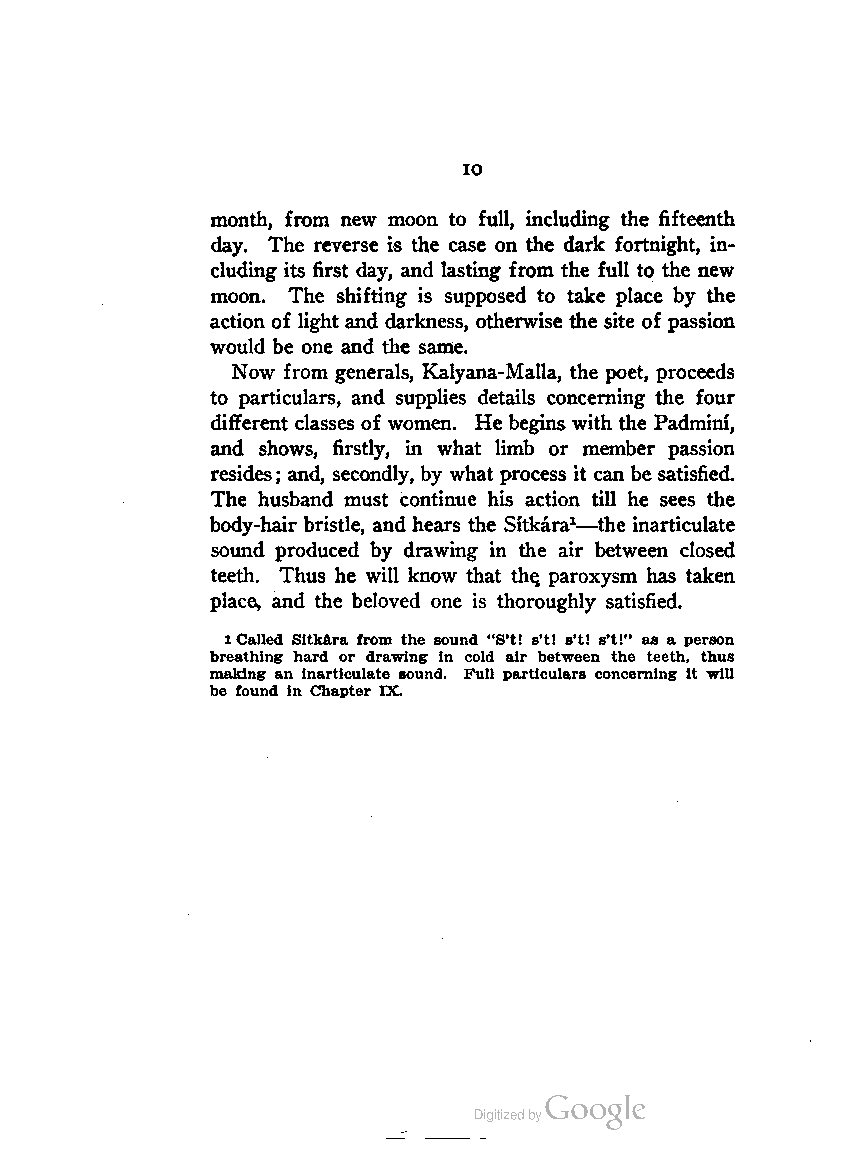
10
 month, from new moon to full, including the fifteenth
 day. The reverse is the case on the dark fortnight, in
 cluding its first day, and lasting from the full to the new
 moon. The shifting is supposed to take place by the
 action of light and darkness, otherwise the site of passion
 would be one and the same.
 Now from generals, Kalyana-Malla, the poet, proceeds
 to particulars, and supplies details concerning the four
 different classes of women. He begins with the Padmini,
 and shows, firstly, in what limb or member passion
 resides; and, secondly, by what process it can be satisfied.
 The husband must continue his action till he sees the
 body-hair bristle, and hears the Sitkara1—the inarticulate
 sound produced by drawing in the air between closed
 teeth. Thus he will know that the. paroxysm has taken
 place, and the beloved one is thoroughly satisfied.
 lCalled Sitkara from the sound "S't! s't! s't! s't!" as a person
 breathing hard or drawing in cold air between the teeth, thus
 making an inarticulate sound. Full particulars concerning it will
 be found in Chapter IX.